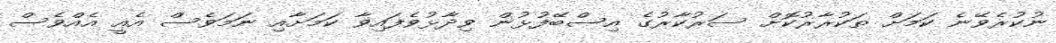
ނުކުރެވޭނެ ކަމަށް ތަކުރާރުކޮށް ސަރުކާރުގެ އިސްބޭފުޅުން ވިދާޅުވެފައިވާ ކަމަށާއި ނަމަވެސް އެއީ އެއްވެސް